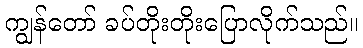
ကျွန်တော် ခပ်တိုးတိုးပြောလိုက်သည်။